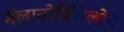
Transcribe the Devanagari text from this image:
मेलानोक्सिलोन